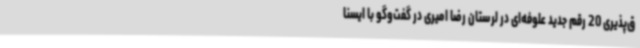
ق‌پذیری 20 رقم جدید علوفه‌ای در لرستان‌ رضا امیری در گفت‌وگو با ایسنا